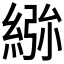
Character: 𮈢